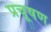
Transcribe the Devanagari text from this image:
प्रचूषण